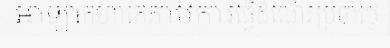
អាឡាកហាកៃតាមការធ្វើដំណើរប្រចាំថ្ងៃ